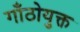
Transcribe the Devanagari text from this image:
गाँठोयुक्त